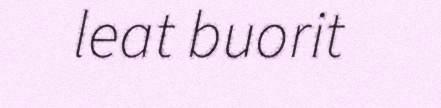
leat buorit